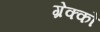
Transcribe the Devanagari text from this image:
ग्रेक्को